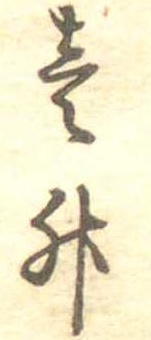
壱升